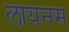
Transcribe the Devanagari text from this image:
लायनम